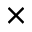
\times